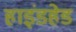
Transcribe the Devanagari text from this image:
हाइंडहेड